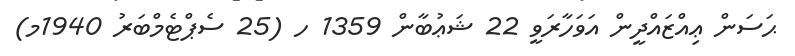
ޙަސަން ޢިއްޒައްދީން އަވަހާރަވީ 22 ޝަޢުބާން 1359 ހ (25 ސެޕްޓެމްބަރު 1940މ)